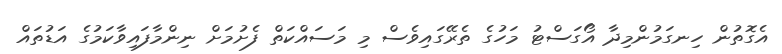
އެގޮތުން ހިނގަމުންމިދާ އޯގަސްޓު މަހުގެ ތެރޭގައިވެސް މި މަސައްކަތް ފެށުމަށް ނިންމާފައިވާކަމުގެ އަޑުތައް